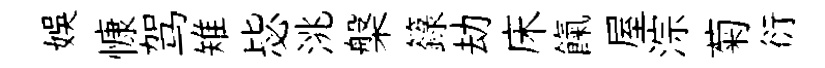
娱慷驾雉毖洮槃籙劫床餼屋淙菊衍